Scottish Leaving Certificate Examination, 1959
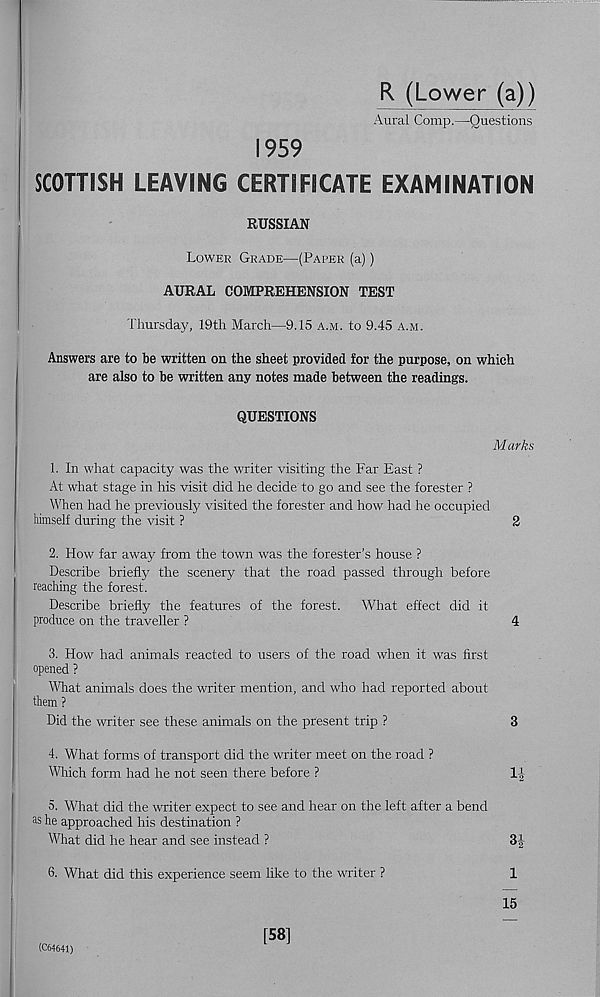
R (Lower (a))
Aural Comp.—Questions
1959
SCOTTISH LEAVING CERTIFICATE EXAMINATION
RUSSIAN
Lower Grade—(Paper (a))
AURAL COMPREHENSION TEST
Thursday, 19th March—9.15 a.m. to 9.45 a.m.
Answers are to be written on the sheet provided for the purpose, on which
are also to be written any notes made between the readings.
QUESTIONS
Marks
1. In what capacity was the writer visiting the Far East ?
At what stage in his visit did he decide to go and see the forester ?
When had he previously visited the forester and how' had he occupied
himself during the visit ?
2
2. How far away from the town was the forester’s house ?
Describe briefly the scenery that the road passed through before
reaching the forest.
Describe briefly the features of the forest. What effect did it
produce on the traveller ?
4
3. How' had animals reacted to users of the road when it was first
opened ?
What animals does the writer mention, and who had reported about
them ?
Did the writer see these animals on the present trip ?
3
4. What forms of transport did the writer meet on the road ?
Which form had he not seen there before ?
1|
5. What did the writer expect to see and hear on the left after a bend
as he approached his destination ?
What did he hear and see instead ?
34
6. What did this experience seem like to the writer ?
1
15
(C64641)
[58]